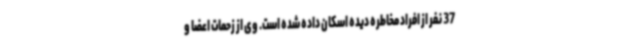
37 نفر از افراد مخاطره دیده اسکان داده شده است. وی از زحمات اعضا و